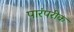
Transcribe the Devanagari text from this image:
पारंपरीक